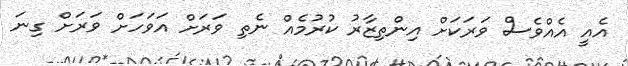
އެއީ އެއްވެސް ވަރަކަށް އިންތިޒާރު ކުރުމެއް ނެތި ވަރަށް އަވަހަށް ވަރަށް ގިނަ